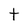
Character: t